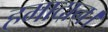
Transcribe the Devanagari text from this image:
हमादान।